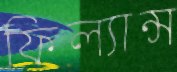
ফিল্যান্স